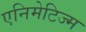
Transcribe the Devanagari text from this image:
एनिमेटिज्म